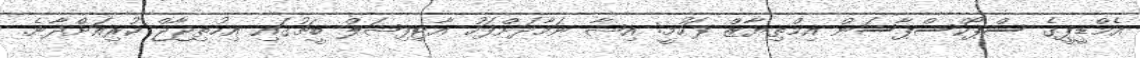
އެމްޑީޕީގެ ސްޕޯކްސްޕާސަން އިމްތިޔާޒް ފަހުމީ: އިޝާ ނަމާދަށްފަހު އާޓިފިޝަލް ބީޗުގައި އިހުތިޖާޖް ކުރިއަށްދާނެ.